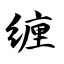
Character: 缠